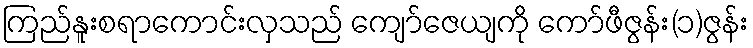
ကြည်နူးစရာကောင်းလှသည် ကျော်ဇေယျကို ကော်ဖီဇွန်း(၁)ဇွန်း